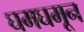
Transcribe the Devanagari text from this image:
घमघमून